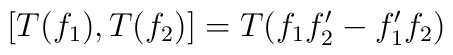
\bigl[T(f_1), T(f_2)\bigr]	= T(f_1f_2' - f_1'f_2)